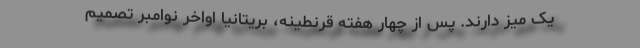
یک میز دارند. پس از چهار هفته قرنطینه، بریتانیا اواخر نوامبر تصمیم